Lunatic asylums Burma 1922-24 - 1922-1924
Year: 1922
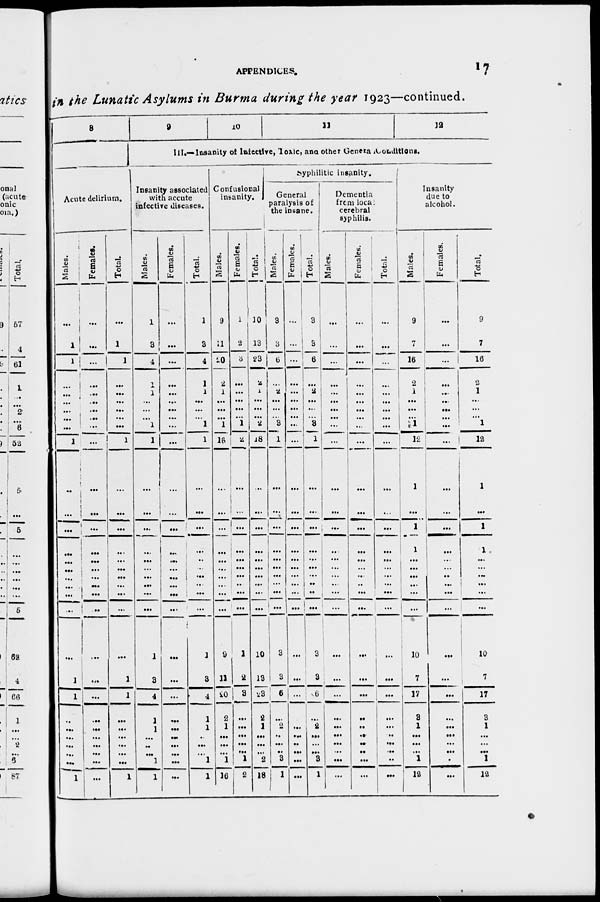
APPENDICES.
17
in the Lunatic Asylums in Burma during the year 1923—continued.
8
Acute delirium.
Males.
...
1
1
...
...
...
...
...
...
1
...
...
...
...
...
...
...
...
...
...
...
1
1
...
...
...
...
...
...
1
Females.
...
...
...
...
...
...
...
...
...
...
...
...
...
...
...
...
...
...
...
...
...
...
...
...
...
...
...
...
...
...
Total.
...
1
1
...
...
...
...
...
...
1
...
...
...
...
...
...
...
...
...
...
...
1
1
...
...
...
...
...
...
1
9
10
11
12
III.—Insanity of Infective, Toxic, and other General Conditions.
Insanity associated
with accute
infective diseases.
Males.
1
3
4
1
1
...
...
...
1
1
...
...
...
...
...
...
...
...
...
...
1
3
4
1
1
...
...
...
1
1
Females.
...
...
...
...
...
...
...
...
...
...
...
...
...
...
...
...
...
...
...
...
...
...
...
...
...
...
...
...
...
...
Total.
1
3
4
1
1
...
...
...
1
1
...
...
...
...
...
...
...
...
...
...
1
3
4
1
1
...
...
...
1
1
Confusional
insanity.
Males.
9
11
20
2
1
...
...
...
1
16
...
...
...
...
...
...
...
...
...
...
9
11
20
2
1
...
...
...
1
16
Females.
1
2
3
...
...
...
...
...
1
2
...
...
...
...
...
...
...
...
...
...
1
2
3
...
...
...
...
...
1
2
Total.
10
13
23
2
1
...
...
...
2
18
...
...
...
...
...
...
...
...
...
...
10
13
23
2
1
...
...
...
2
18
Syphilitic
insanity.
General
paralysis of
the insane.
Males.
3
3
6
...
2
...
...
...
3
1
...
...
...
...
...
...
...
...
...
...
3
3
6
...
2
...
...
...
3
1
Females.
...
...
...
...
...
...
...
...
...
...
...
...
...
...
...
...
...
...
...
...
...
...
...
...
...
...
...
...
...
...
Total.
3
3
6
...
2
...
...
...
3
1
...
...
...
...
...
...
...
...
...
...
3
3
6
...
2
...
...
...
3
1
Dementia
from local
cerebral
syphilis.
Males.
...
...
...
...
...
...
...
...
...
...
...
...
...
...
...
...
...
...
...
...
...
...
...
...
...
...
...
...
...
...
Females.
...
...
...
...
...
...
...
...
...
...
...
...
...
...
...
...
...
...
...
...
...
...
...
...
...
...
...
...
...
...
Total.
...
...
...
...
...
...
...
...
...
...
...
...
...
...
...
...
...
...
...
...
...
...
...
...
...
...
...
...
...
...
Insanity
due to
alcohol.
Males.
9
7
16
2
1
...
...
...
1
12
1
...
1
1
...
...
...
...
...
...
10
7
17
3
1
...
...
...
1
12
Females.
...
...
...
...
...
...
...
...
...
...
...
...
...
...
...
...
...
...
...
...
...
...
...
...
...
...
...
...
...
...
Total.
9
7
16
2
1
...
...
...
1
12
1
...
1
1
...
...
...
...
...
...
10
7
17
3
1
...
...
...
1
12